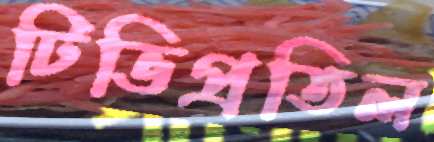
টিভিপ্রতিল